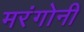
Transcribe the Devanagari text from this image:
मरंगोनी